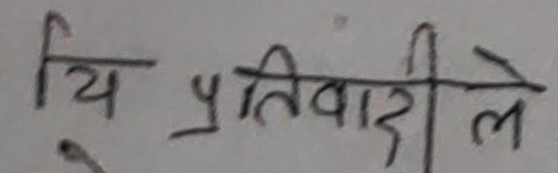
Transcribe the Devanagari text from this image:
य प्रतिवादीले